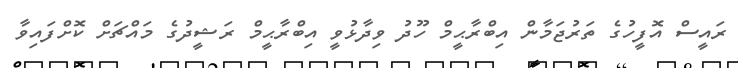
ރައީސް އޮފީހުގެ ތަރުޖަމާން އިބްރާޙީމް ހޫދު ވިދާޅުވީ އިބްރާޙީމް ރަޝީދުގެ މައްޗަށް ކޮށްފައިވާ